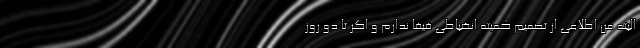
البته من اطلاعی از تصمیم کمیته انضباطی فیفا ندارم و اگر تا دو روز